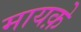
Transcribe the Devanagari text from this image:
मायक़े